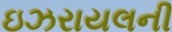
ઇઝરાયલની